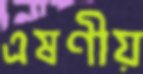
এষণীয়